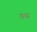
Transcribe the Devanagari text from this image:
वंध्य